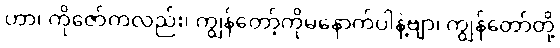
ဟာ၊ ကိုဇော်ကလည်း၊ ကျွန်တော့်ကိုမနောက်ပါနဲ့ဗျာ၊ ကျွန်တော်တို့